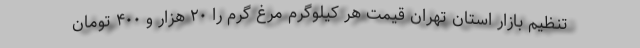
تنظیم بازار استان تهران قیمت هر کیلوگرم مرغ گرم را ۲۰ هزار و ۴۰۰ تومان